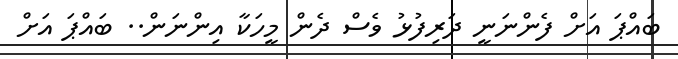
ބައްޕަ އަށް ފެންނަނީ ދަރިފުޅު ވެސް ދެން މީހަކާ އިންނަން.. ބައްޕަ އަށް